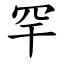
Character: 罕